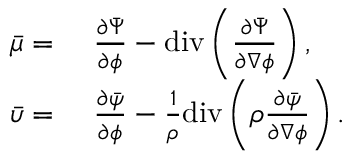
\begin{array} { r l } { \bar { \mu } = } & { { } ~ \frac { \partial \bar { \Psi } } { \partial \phi } - \mathrm { d i v } \left( \frac { \partial \bar { \Psi } } { \partial \nabla \phi } \right) , } \\ { \bar { \upsilon } = } & { { } ~ \frac { \partial \bar { \psi } } { \partial \phi } - \frac { 1 } { \rho } \mathrm { d i v } \left( \rho \frac { \partial \bar { \psi } } { \partial \nabla \phi } \right) . } \end{array}